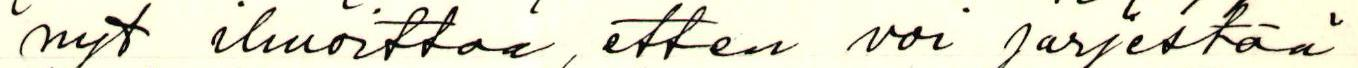
nyt ilmoittaa, etten voi järjestää